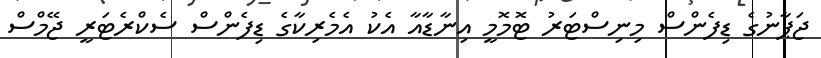
ޖަޕާނުގެ ޑިފެންސް މިނިސްޓަރު ޓޮމޮމީ އިނާޑާއާ އެކު އެމެރިކާގެ ޑިފެންސް ސެކްރެޓަރީ ޖޭމްސް